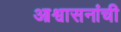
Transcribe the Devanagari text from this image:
आश्वासनांची